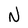
Character: N